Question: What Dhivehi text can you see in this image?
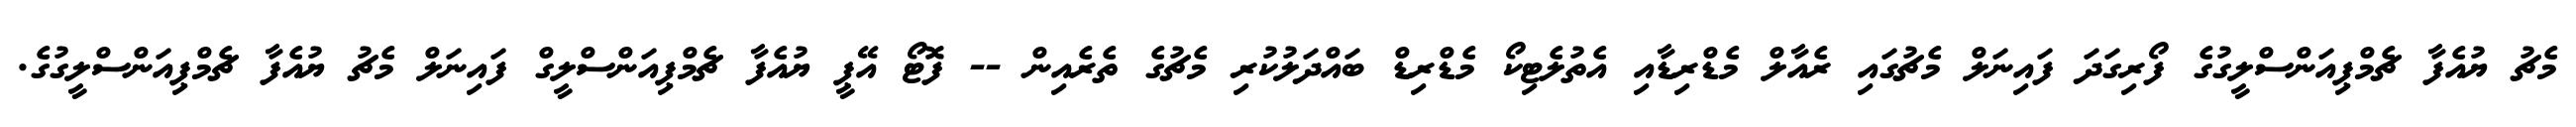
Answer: މެޗު ޔުއެފާ ޗެމްޕިއަންސްލީގުގެ ފޯރިގަދަ ފައިނަލް މެޗުގައި ރެއާލް މެޑްރިޑާއި އެތުލެޓިކޯ މެޑްރިޑް ބައްދަލުކުރި މެޗުގެ ތެރެއިން -- ފޮޓޯ އޭޕީ ޔުއެފާ ޗެމްޕިއަންސްލީގް ފައިނަލް މެޗު ޔުއެފާ ޗެމްޕިއަންސްލީގުގެ.